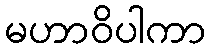
မဟာဝိပါကာ